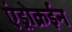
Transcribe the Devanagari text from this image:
एंड्रोक्रईन